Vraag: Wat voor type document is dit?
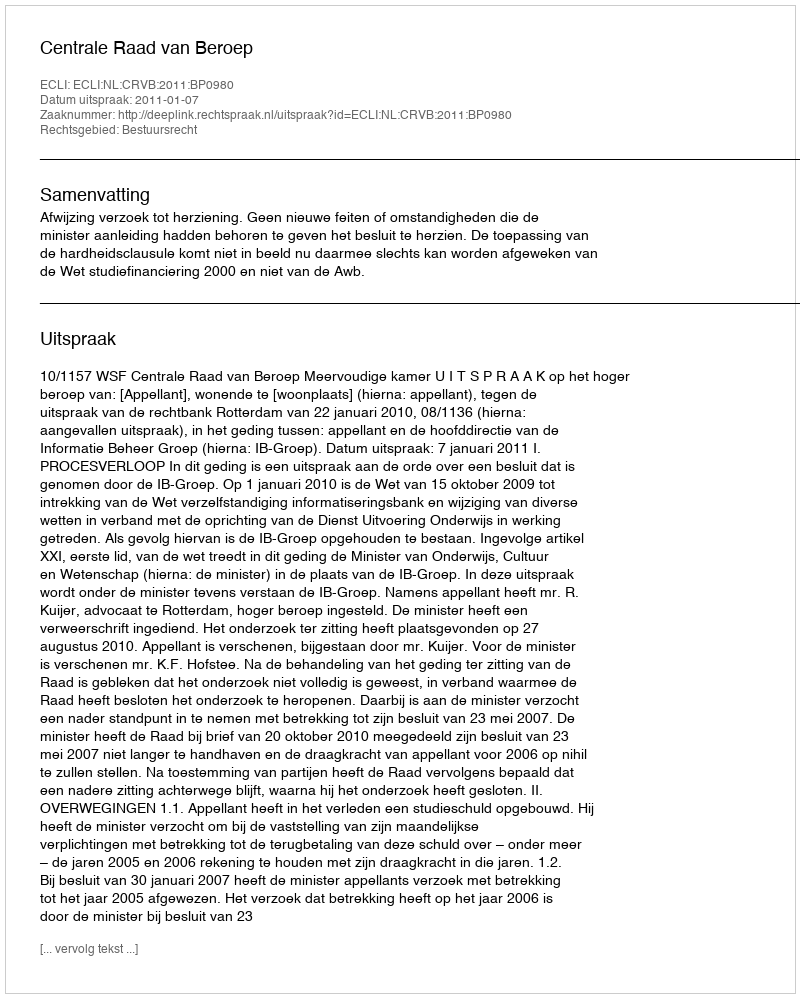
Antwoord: Uitspraak